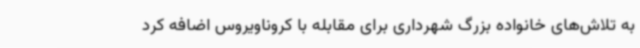
به تلاش‌های خانواده بزرگ شهرداری برای مقابله با کروناویروس اضافه کرد